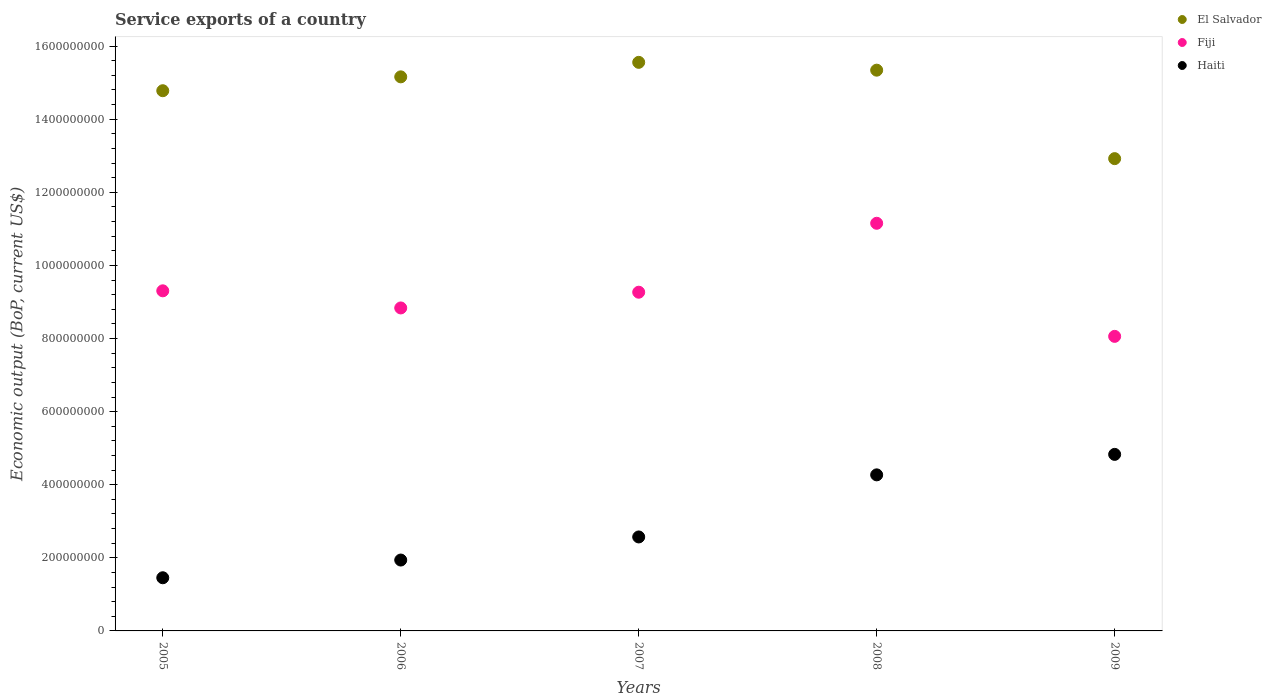
| Years | El Salvador | Fiji | Haiti |
 | --- | --- | --- | --- |
 | 2005 | 1.48e+09 | 9.31e+08 | 1.45e+08 |
 | 2006 | 1.52e+09 | 8.84e+08 | 1.94e+08 |
 | 2007 | 1.56e+09 | 9.27e+08 | 2.57e+08 |
 | 2008 | 1.53e+09 | 1.12e+09 | 4.27e+08 |
 | 2009 | 1.29e+09 | 8.06e+08 | 4.83e+08 |